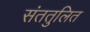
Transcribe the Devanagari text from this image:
संततुलित